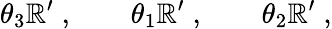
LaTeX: \theta_{3}\mathbb{R}^{\prime}\; ,\qquad\theta_{1}\mathbb{R}^{\prime}\; ,\qquad\theta_{2}\mathbb{R}^{\prime}\; ,